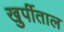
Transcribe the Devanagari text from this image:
खुर्पीताल